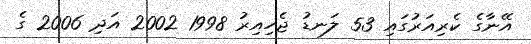
އޭނާގެ ކެރިއަރުގައި 53 ލަނޑު ޖެހިއިރު 1998 2002 އަދި 2006 ގެ